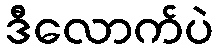
ဒီလောက်ပဲ